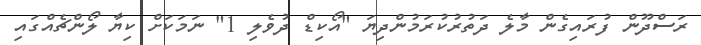
ރަސްދޫން ފުރައިގެން މާލެ ދަތުރުކުރަމުންދިޔަ "އޯކިޑް ދުވެލި 1" ނަމަކަށް ކިޔާ ލޯންޗެއްގައި